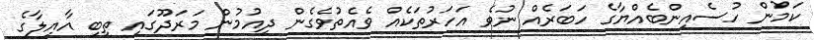
ކަމުން ހުސެއިންބެއްޔާގެ ހަބަރެއް ނުވެ އަހަރުތަކެއް ވެއެތުވެގެން ދިއުމުން މަރަދޫގައި ތިބި އާއިލާގެ